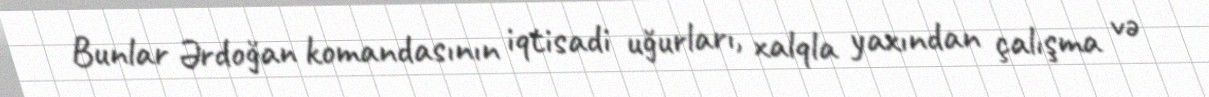
Bunlar Ərdoğan komandasının iqtisadi uğurları, xalqla yaxından çalışma və